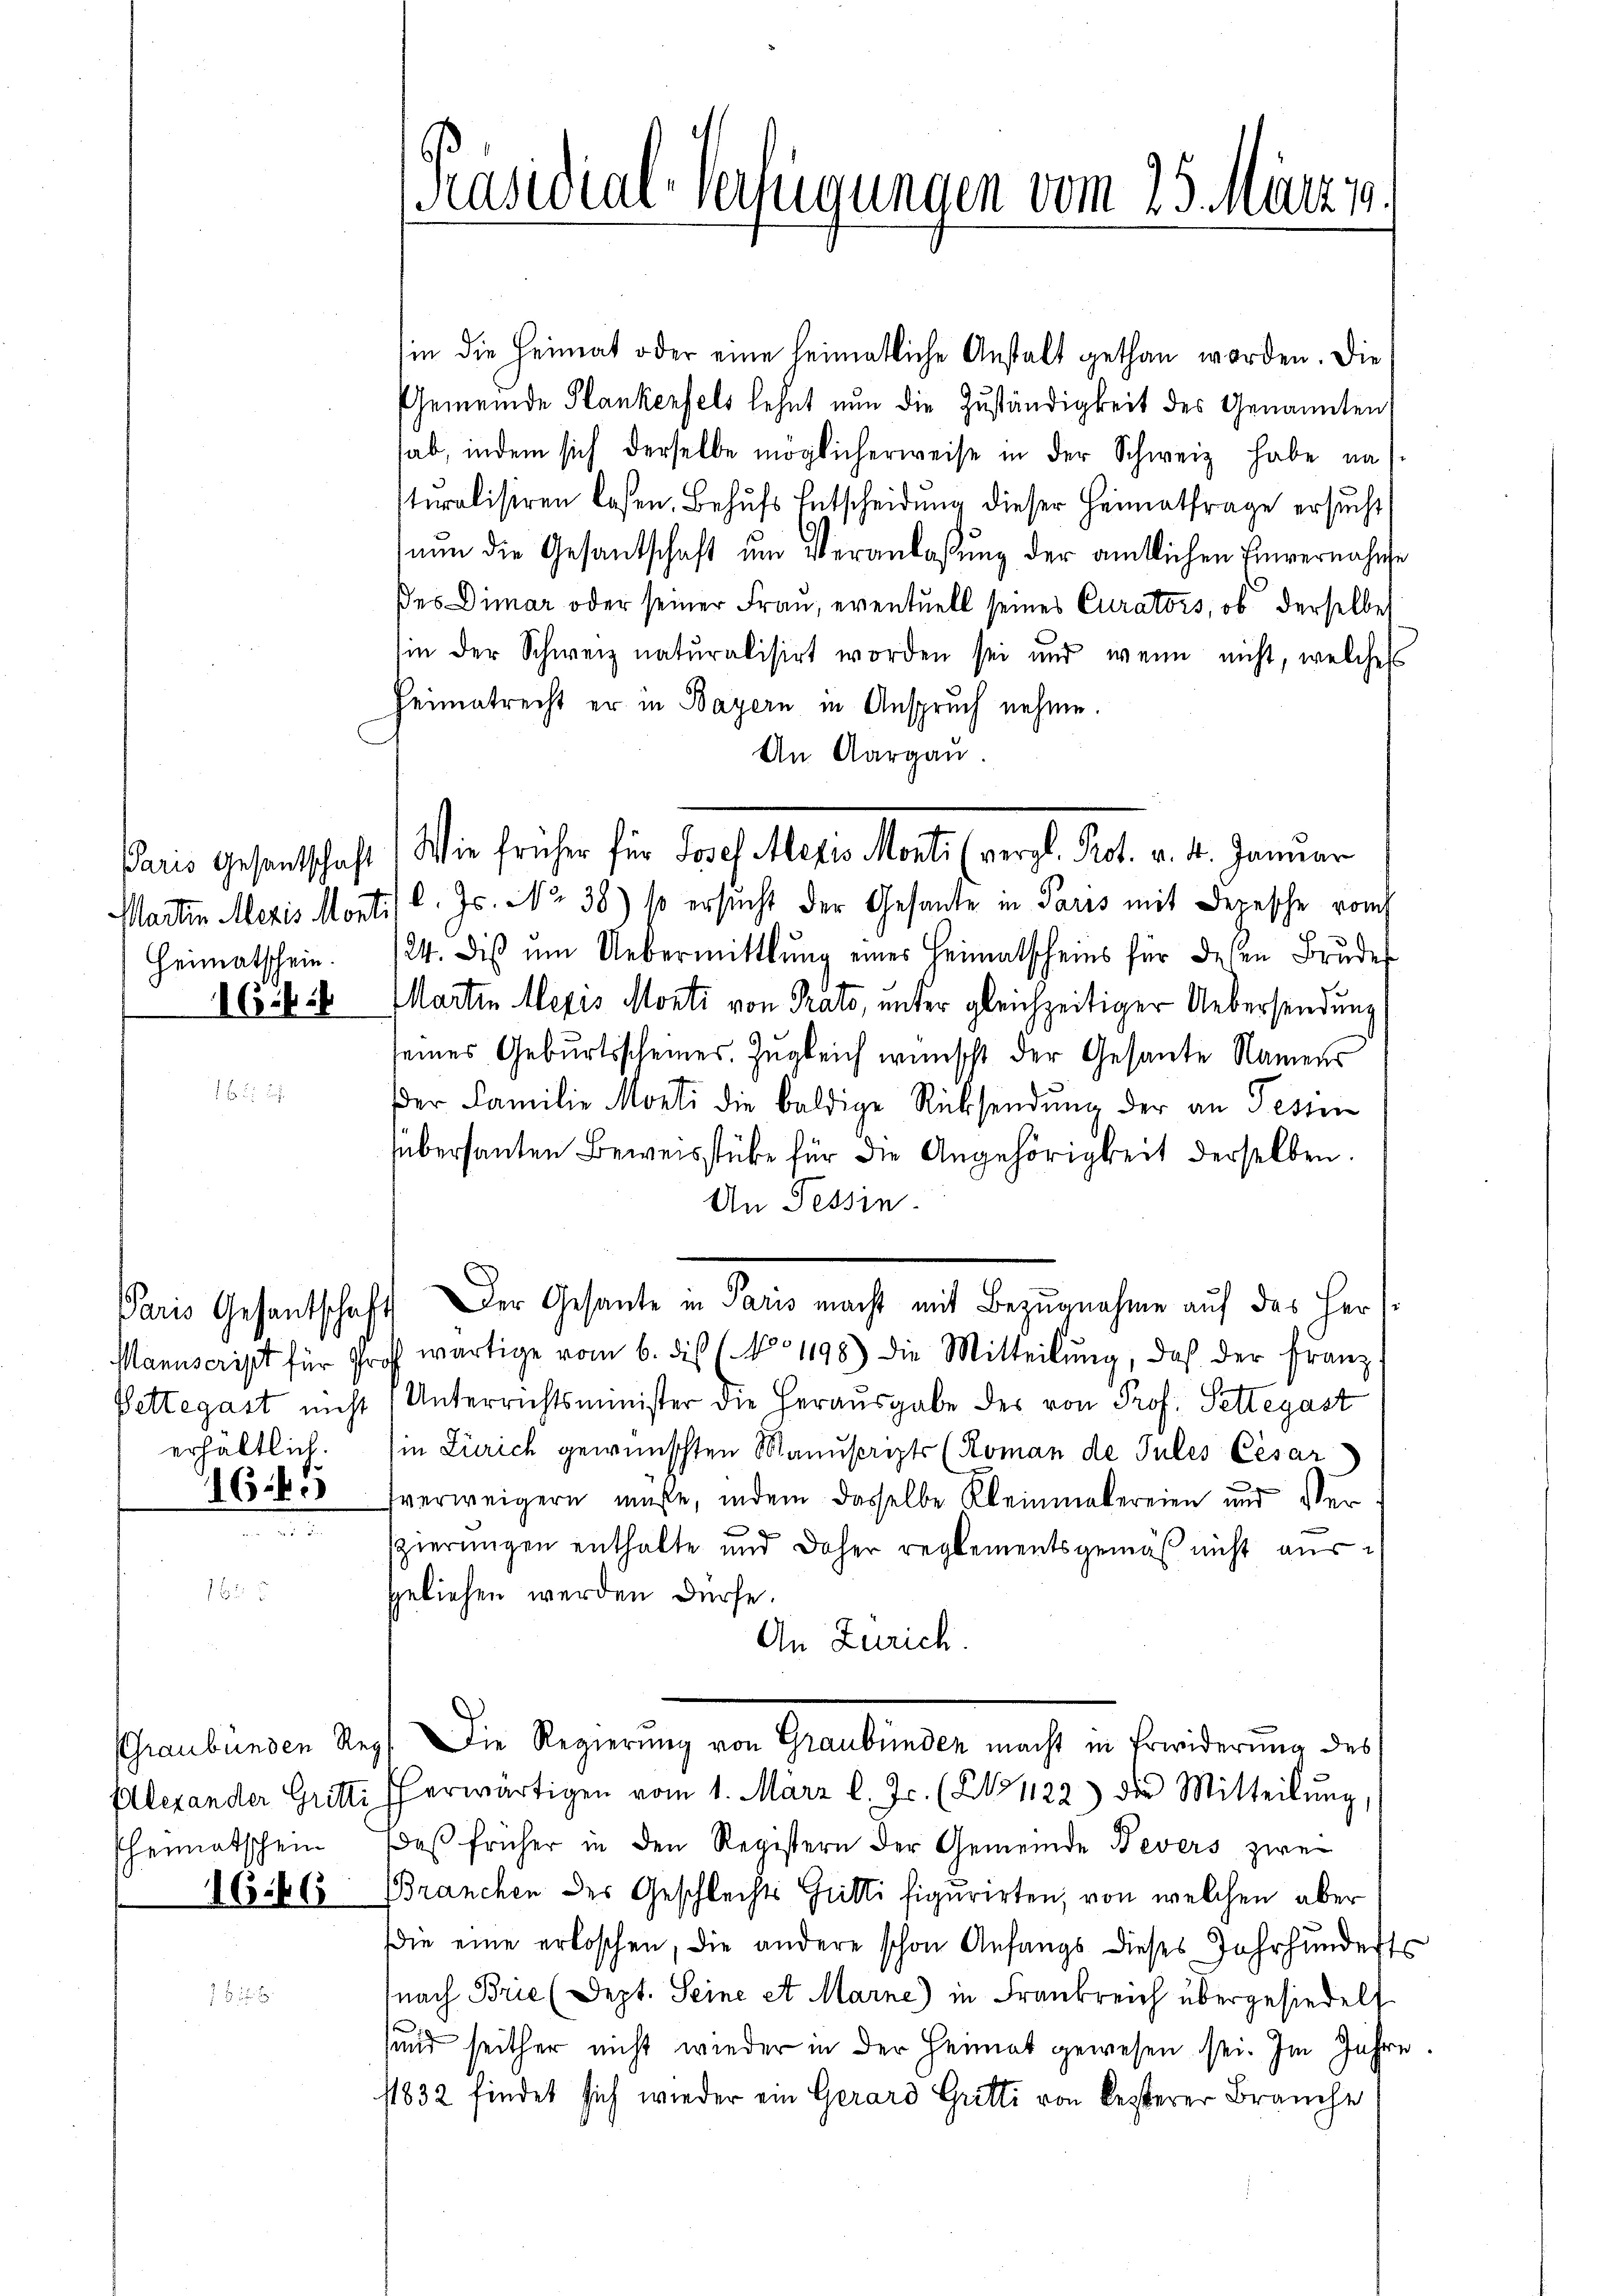
Heimatschein.
16 f 56

erhältlich.

164

heimatschein

1666

[Präsidial-Verfügungen vom 25. März 1.

sin die Heimat oder eine heimatliche Anstalt gethan worden. Die
Gemeinde Plankenfels lehnt nun die Zuständigkeit des Genannten
hab, indem sich derselbe möglicherweise in der Schweiz habe na
turalisiren lassen. Behufs Entscheidung dieser Heimatfrage ersucht
nŭn die Gesantschaft ŭm Veranlaßung der amtlichen Einvernahme
des Dimar oder seiner Frau, eventuell seines Curators, ob derselbe
sin der Schweiz naturalisirt worden sei und wenn nicht, welches
Heimatrecht er in Bayern in Anspruch nehme.
An Aargau.
Martin Mezis Monti / l. Js. No 38) 10 ersucht der Gesante in Paris mit Depesche vom
/24. diβ ŭm Uebermittlung eines Heimatscheins für diesen Brŭdes
Martin Mexis Monti von Prato, unter gleichzeitiger Uebersendung
seines Geburtsscheines. Zugleich wünscht der Gesante Namens
er Familie Monti die baldige Rücksendung der an Tessin
sübersanten Beweisstüke für die Angehörigkeit derselben.
An Tessin.
Paris Gesantschaft. Der Gesante in Paris macht mit Bezugnahme auf das Her¬
Manuscript für Prof wärtige vom 6. dis (No 1198) die Mitteilŭng, daß der Franz,
Pettegast nicht Unterrichtsminister die Herausgabe des von Prof. Pettegast
in Zürich gewünschten Manuscripts (Roman de Julés Cesar
sverweigern müße, indem dasselbe Kleinmalereien und Ver
szierungen enthalte und daher reglementsgemäß nicht aus
geliehen werden dürfe.
An Zürich.
Graubünden Reg. Die Regierung von Graubünden macht in Erwiderung des
Ellexander Gritti Eherwärtigen vom 1. März l. Js. (No 1122) die Mitteilŭng,
daß früher in den Registern der Gemeinde Revers zwei
Branchen des Geschlechts Gritti figurirten, von welchen aber
ie eine erloschen, die andere schon Anfangs dieses Jahrhundert
(nach Brie (Sept. Seine et Marne) in Frankreich übergesiedelt
sund seither nicht wieder in der Heimat gewesen sei. Im Jahre
11832 findet sich wieder ein Gerard Gritti von besterer Brauche

Paris Gesantschaft Wie früher für Josef Alexis Monti (vergl. Prot. v. 4. Januar